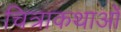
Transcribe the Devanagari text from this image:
चित्राकथाओं